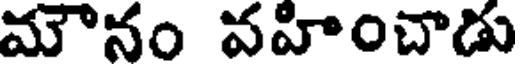
మౌనం వహించాడు